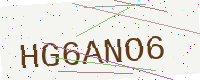
Text: HG6ANO6